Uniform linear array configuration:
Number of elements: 8
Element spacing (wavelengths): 0.75
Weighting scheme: binomial
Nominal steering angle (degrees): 60
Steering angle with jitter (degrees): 59.412
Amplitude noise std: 0.05
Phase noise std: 0.05

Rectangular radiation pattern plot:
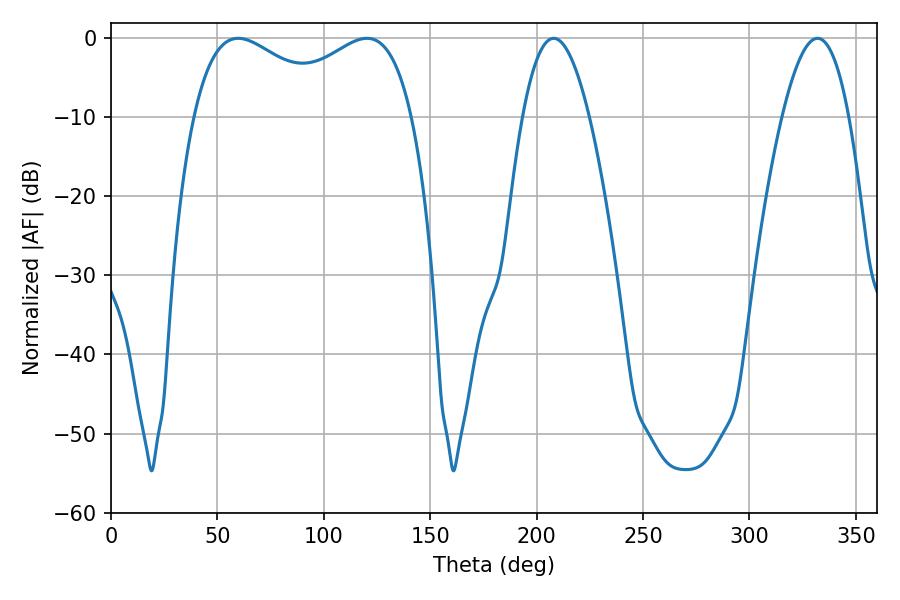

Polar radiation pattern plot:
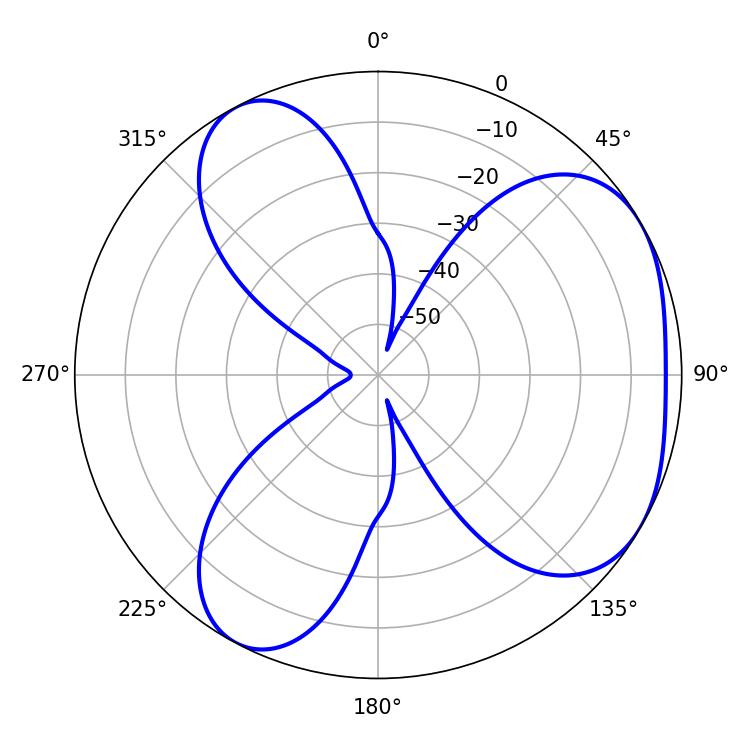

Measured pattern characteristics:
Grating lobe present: TRUE
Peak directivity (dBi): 4.251
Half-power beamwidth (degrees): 38.34
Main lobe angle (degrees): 59.76